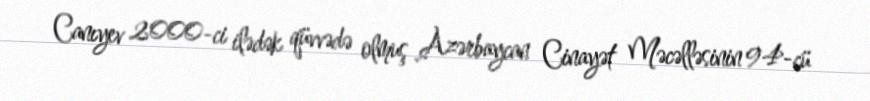
Canıyev 2000-ci ilədək qüvvədə olmuş Azərbaycan Cinayət Məcəlləsinin 94-cü